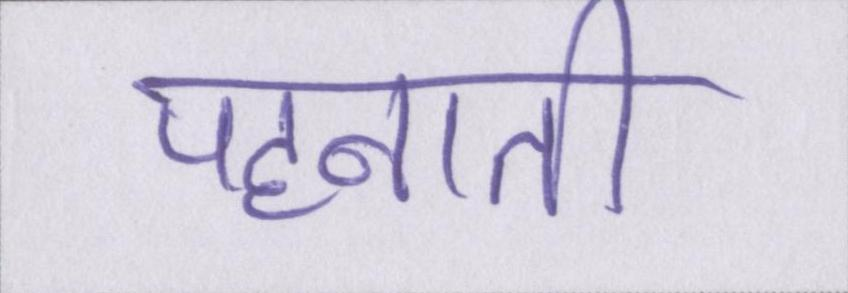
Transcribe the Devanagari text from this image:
पहनाती